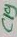
Text: C19